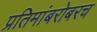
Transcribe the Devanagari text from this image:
प्रतिमांबरोबरच